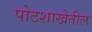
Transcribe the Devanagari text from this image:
पोटशाखेतील